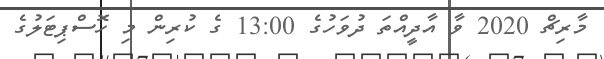
މާރިޗް 2020 ވާ އާދީއްތަ ދުވަހުގެ 13:00 ގެ ކުރިން މި ހޮސްޕިޓަލުގެ